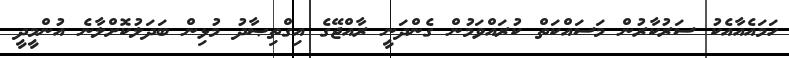
ހަމައެއާއެކު ސަރުކާރުން މަސައްކަތް ކުރައްވަމުން ގެންދަނީ ރާއްޖޭގެ އިގްތިޞާދު މުޅިން ބަދަލުކޮށްލާނެ އުންމީދީ